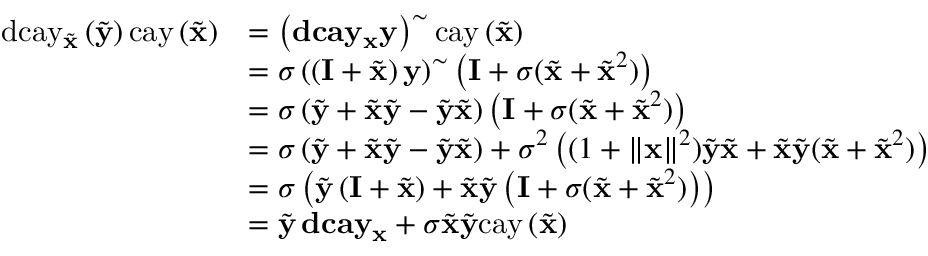
\begin{array} { r l } { \mathrm { d c a y } _ { \tilde { \mathbf { x } } } \left( \tilde { \mathbf { y } } \right) \mathrm { c a y } \left( \tilde { \mathbf { x } } \right) } & { = \left( \mathbf { d c a y } _ { \mathbf { x } } \mathbf { y } \right) ^ { \sim } \mathrm { c a y } \left( \tilde { \mathbf { x } } \right) } \\ & { = \sigma \left( \left( \mathbf { I } + \tilde { \mathbf { x } } \right) \mathbf { y } \right) ^ { \sim } \left( \mathbf { I } + \sigma ( \tilde { \mathbf { x } } + \tilde { \mathbf { x } } ^ { 2 } ) \right) } \\ & { = \sigma \left( \tilde { \mathbf { y } } + \tilde { \mathbf { x } } \tilde { \mathbf { y } } - \tilde { \mathbf { y } } \tilde { \mathbf { x } } \right) \left( \mathbf { I } + \sigma ( \tilde { \mathbf { x } } + \tilde { \mathbf { x } } ^ { 2 } ) \right) } \\ & { = \sigma \left( \tilde { \mathbf { y } } + \tilde { \mathbf { x } } \tilde { \mathbf { y } } - \tilde { \mathbf { y } } \tilde { \mathbf { x } } \right) + \sigma ^ { 2 } \left( ( 1 + \left\Vert \mathbf { x } \right\Vert ^ { 2 } ) \tilde { \mathbf { y } } \tilde { \mathbf { x } } + \tilde { \mathbf { x } } \tilde { \mathbf { y } } ( \tilde { \mathbf { x } } + \tilde { \mathbf { x } } ^ { 2 } ) \right) } \\ & { = \sigma \left( \tilde { \mathbf { y } } \left( \mathbf { I } + \tilde { \mathbf { x } } \right) + \tilde { \mathbf { x } } \tilde { \mathbf { y } } \left( \mathbf { I } + \sigma ( \tilde { \mathbf { x } } + \tilde { \mathbf { x } } ^ { 2 } ) \right) \right) } \\ & { = \tilde { \mathbf { y } } \, \mathbf { d c a y } _ { \mathbf { x } } + \sigma \tilde { \mathbf { x } } \tilde { \mathbf { y } } \mathrm { c a y } \left( \tilde { \mathbf { x } } \right) } \end{array}